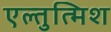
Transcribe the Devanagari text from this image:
एल्तुत्मिश